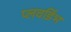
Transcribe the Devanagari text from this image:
प्लवडिंभ